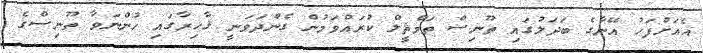
އެއަށްފަހު އޭނާގެ ބަދަލުގައި ތޫނިސް ތަމްޘީލް ކުރައްވަމުން ގެންދަވަނީ ޤާހިރާގައި ހުންނަވާ ތޫނިސްގެ